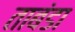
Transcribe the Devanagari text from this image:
ताबंडा